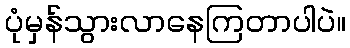
ပုံမှန်သွားလာနေကြတာပါပဲ။